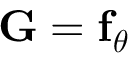
{ \bf G } = { \bf f } _ { \boldsymbol { \theta } }